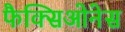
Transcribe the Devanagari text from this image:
फैक्सिओनेस